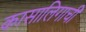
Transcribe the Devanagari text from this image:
कासालिगाची